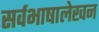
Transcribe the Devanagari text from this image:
सर्वभाषालेखन